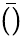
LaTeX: \bar{()}